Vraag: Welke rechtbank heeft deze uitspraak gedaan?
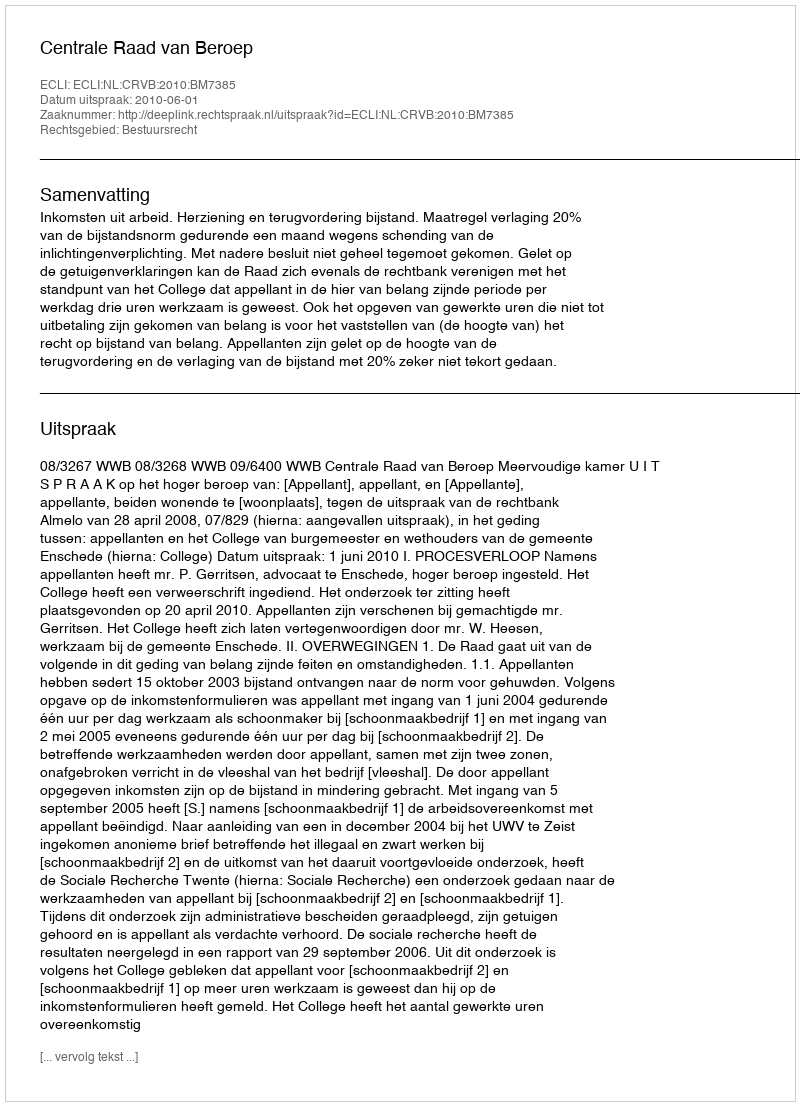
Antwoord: Centrale Raad van Beroep